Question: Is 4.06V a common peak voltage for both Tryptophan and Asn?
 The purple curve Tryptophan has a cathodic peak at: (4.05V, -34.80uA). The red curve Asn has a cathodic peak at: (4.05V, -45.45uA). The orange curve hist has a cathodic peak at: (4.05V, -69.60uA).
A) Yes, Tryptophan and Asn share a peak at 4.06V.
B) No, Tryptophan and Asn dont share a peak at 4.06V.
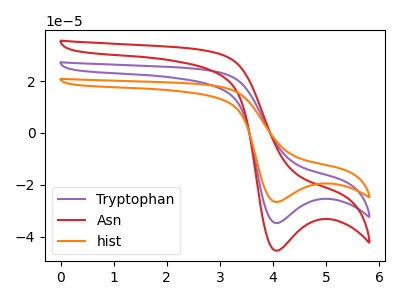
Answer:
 <answer>A) Yes, "Tryptophan" and "Asn" share a peak at 4.06V.</answer>
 <eval>A</eval>